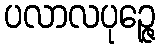
ပလာလပုဉ္ဇေ